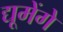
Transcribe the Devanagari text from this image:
द्यूमेंगे